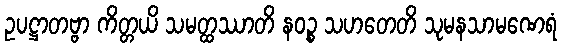
ဥပဋ္ဌာတဗ္ဗာ ကိတ္တယိ သမတ္ထဿာတိ နဝဉ္စ သဟတေတိ သုမနသာမဏေရံ